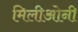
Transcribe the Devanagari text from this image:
मिलीओनी